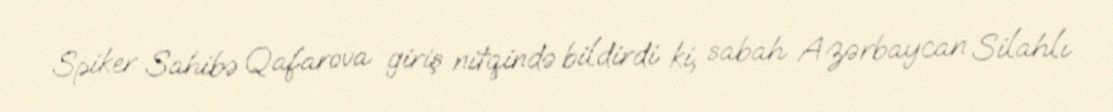
Spiker Sahibə Qafarova giriş nitqində bildirdi ki, sabah Azərbaycan Silahlı